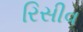
રિસીવ